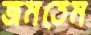
জমতেম